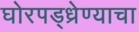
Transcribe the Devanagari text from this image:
घोरपड्ध्रेण्याचा